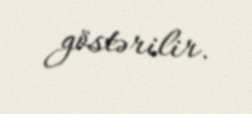
göstərilir.